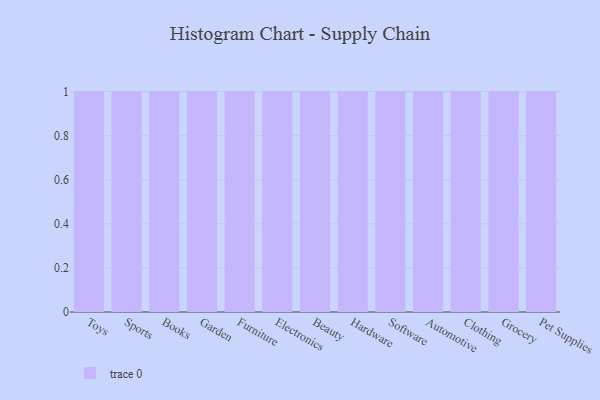
{"axis": {"x": "Category", "y": "LTV (USD)"}, "legend": [""], "data": [{"x": "Toys", "y": 4, "type": ""}, {"x": "Sports", "y": 35, "type": ""}, {"x": "Books", "y": 73, "type": ""}, {"x": "Garden", "y": 50, "type": ""}, {"x": "Furniture", "y": 34, "type": ""}, {"x": "Electronics", "y": 70, "type": ""}, {"x": "Beauty", "y": 39, "type": ""}, {"x": "Hardware", "y": 3, "type": ""}, {"x": "Software", "y": 75, "type": ""}, {"x": "Automotive", "y": 11, "type": ""}, {"x": "Clothing", "y": 5, "type": ""}, {"x": "Grocery", "y": 58, "type": ""}, {"x": "Pet Supplies", "y": 27, "type": ""}]}